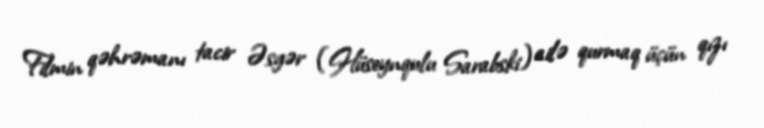
Filmin qəhrəmanı tacir Əsgər (Hüseynqulu Sarabski) ailə qurmaq üçün qızı